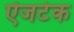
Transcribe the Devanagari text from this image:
ऐजटेक